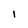
Character: I